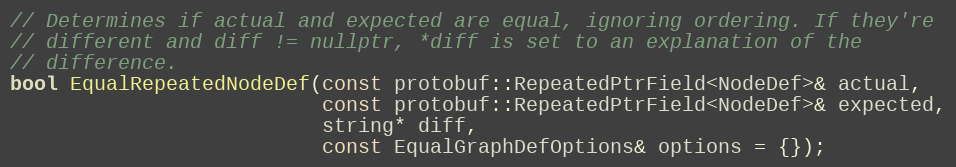
Language: C
// Determines if actual and expected are equal, ignoring ordering. If they're
// different and diff != nullptr, *diff is set to an explanation of the
// difference.
bool EqualRepeatedNodeDef(const protobuf::RepeatedPtrField<NodeDef>& actual,
                          const protobuf::RepeatedPtrField<NodeDef>& expected,
                          string* diff,
                          const EqualGraphDefOptions& options = {});